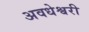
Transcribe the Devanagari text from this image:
अवधेश्वरी